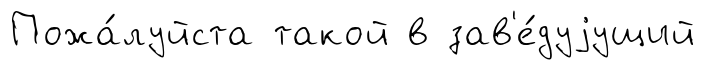
Пожа́луйста такой в зав'е́дуjущий